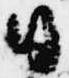
日